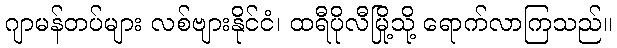
ဂျာမန်တပ်များ လစ်ဗျားနိုင်ငံ၊ ထရီပိုလီမြို့သို့ ရောက်လာကြသည်။